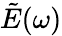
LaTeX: \tilde{E}(\omega)